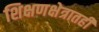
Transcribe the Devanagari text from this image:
शिक्षणक्षेत्रातही